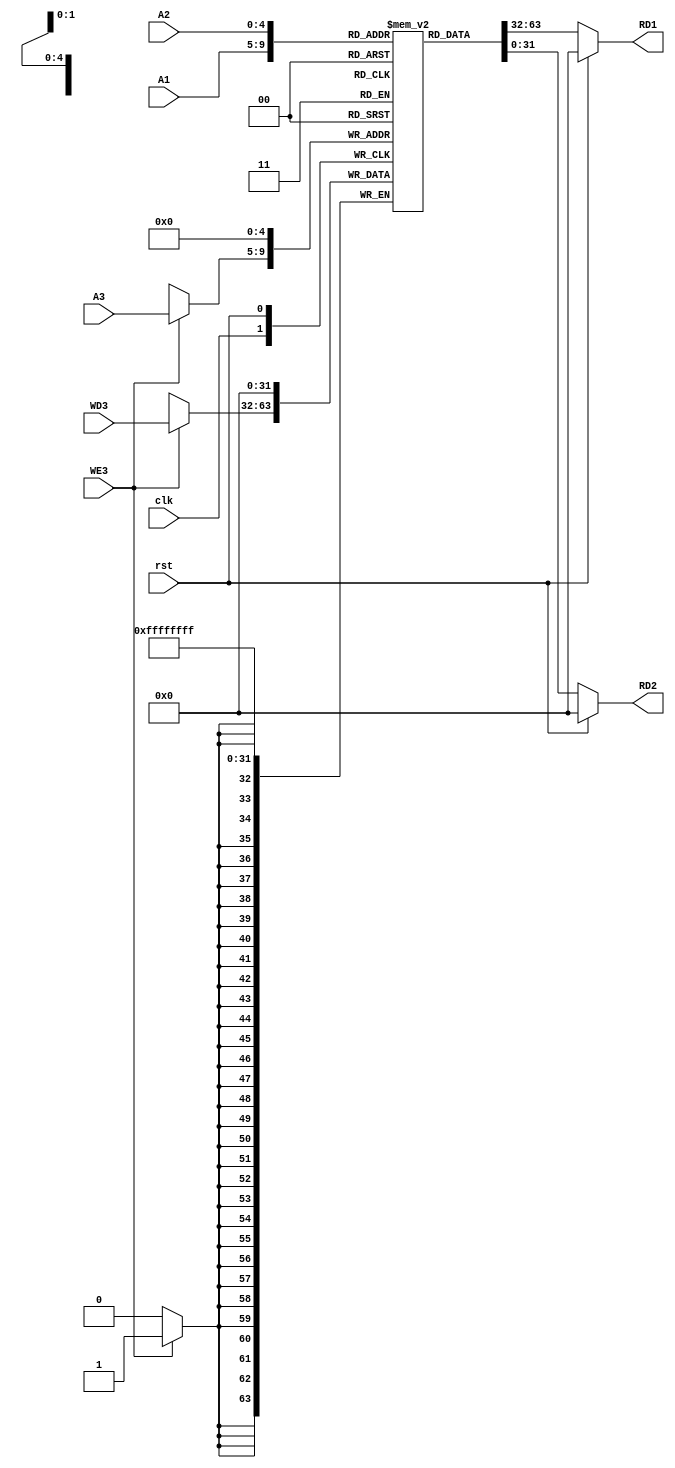
`timescale 1ns / 1ps
//////////////////////////////////////////////////////////////////////////////////
// Company: 
// Engineer: 
// 
// Design Name: 
// Module Name: gen_purpose_reg
// Project Name: 
// Target Devices: 
// Tool Versions: 
// Description: 
// 
// Dependencies: 
// 
// Revision:
// Revision 0.01 - File Created
// Additional Comments:
// 
//////////////////////////////////////////////////////////////////////////////////


module gen_purpose_reg #(parameter N=32)(
    input clk, rst,
    input WE3,
    input [4:0] A1, A2, A3,
    input [N-1:0] WD3,
    output [N-1:0] RD1, RD2
    );

    reg [N-1:0] gpr [N-1:0];

    always @ (posedge clk) begin
        if(WE3) gpr[A3] <= WD3;
    end

    assign RD1 = rst ? {32{1'b0}} : gpr[A1];
    assign RD2 = rst ? {32{1'b0}} : gpr[A2];
    
    always @(posedge rst) gpr[0] <= 32'd0; //R0 always contains 0.
    
endmodule